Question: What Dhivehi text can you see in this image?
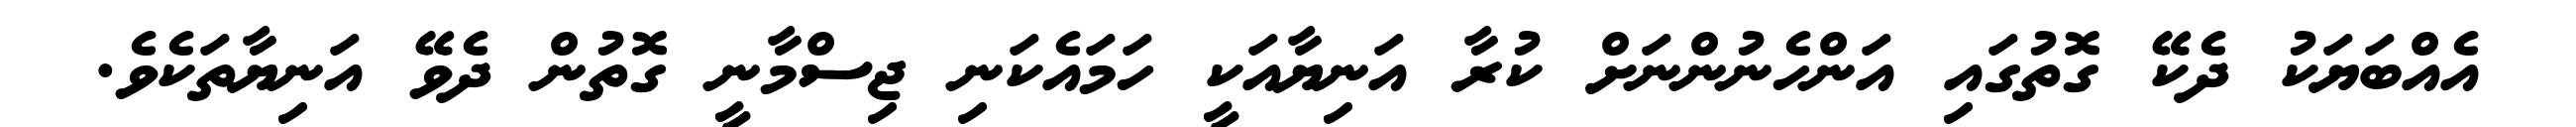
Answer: އެއްބަޔަކު ދެކޭ ގޮތުގައި އަންހެނުންނަށް ކުރާ އަނިޔާއަކީ ހަމައެކަނި ޖިސްމާނީ ގޮތުން ދެވޭ އަނިޔާތަކެވެ.